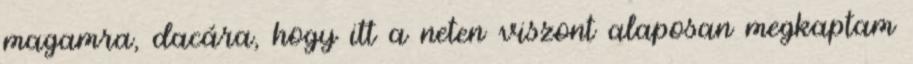
magamra, dacára, hogy itt a neten viszont alaposan megkaptam